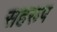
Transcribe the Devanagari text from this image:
सहरूप